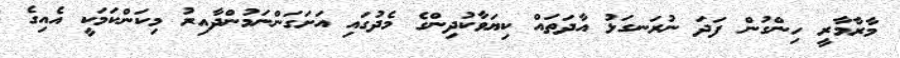
މާރާމާރީ ހިންގުން ފަދަ ނުރަނގަޅު އާދަތައް ކިޔަވާކުދިންގެ މެދުގައި އަށަގަންނަމުންދާއިރު މިކަންކަމަކީ އެއިގެ